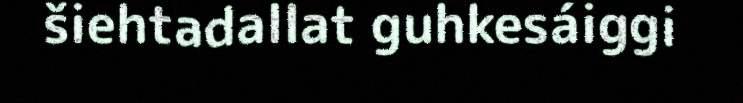
šiehtadallat guhkesáiggi